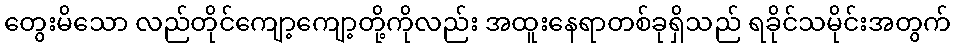
တွေးမိသော လည်တိုင်ကျော့ကျော့တို့ကိုလည်း အထူးနေရာတစ်ခုရှိသည် ရခိုင်သမိုင်းအတွက်